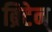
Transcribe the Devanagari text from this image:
ब्रिटेन्